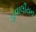
હવાલીયન